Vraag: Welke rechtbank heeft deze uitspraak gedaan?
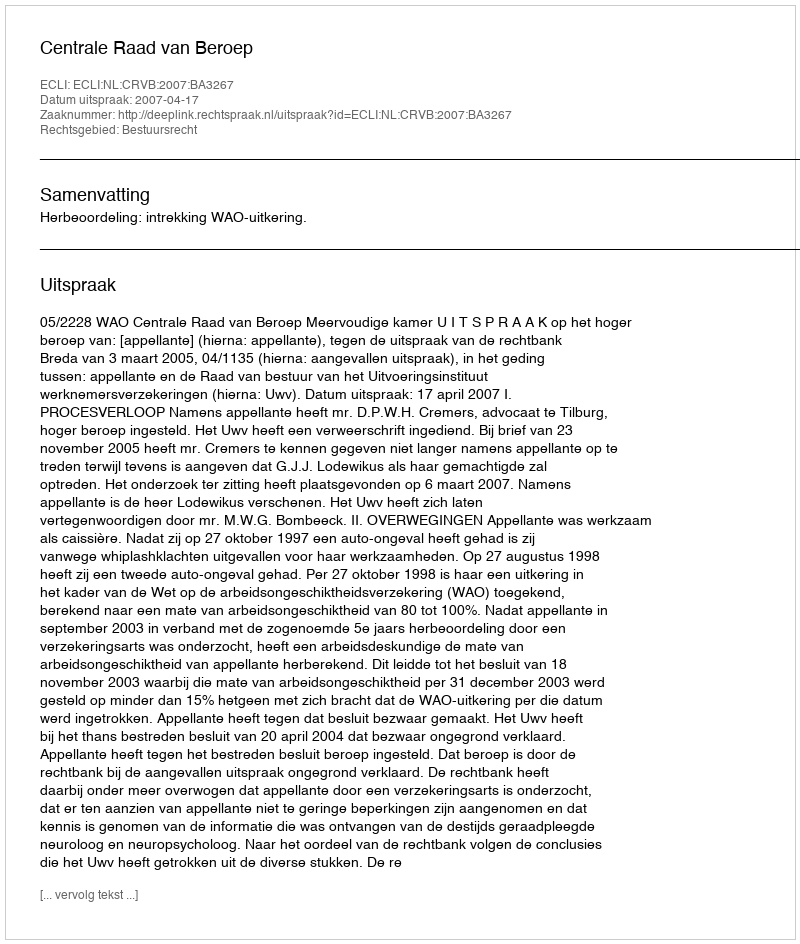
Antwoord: Centrale Raad van Beroep